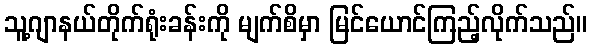
သူ့ဂျာနယ်တိုက်ရုံးခန်းကို မျက်စိမှာ မြင်ယောင်ကြည့်လိုက်သည်။